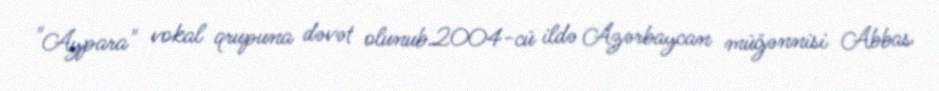
"Aypara" vokal qrupuna dəvət olunub.2004-cü ildə Azərbaycan müğənnisi Abbas